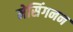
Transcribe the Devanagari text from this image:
मेसिंगनन